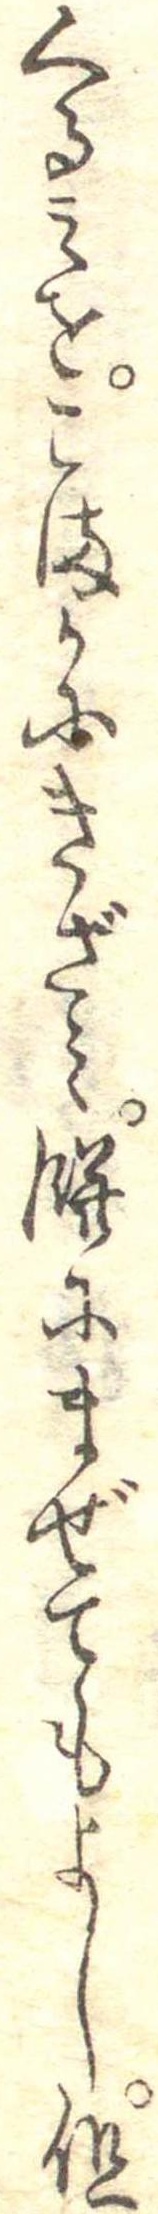
くるみをこまかにきざみ餅にまぜてもよし但